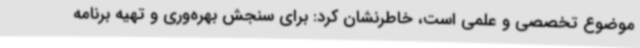
موضوع تخصصی و علمی است، خاطرنشان کرد: برای سنجش بهره‌وری و تهیه برنامه